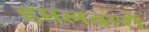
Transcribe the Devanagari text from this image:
हमलवारों